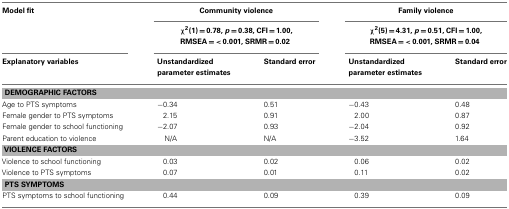
<table><thead><tr><td><b>Model fit</b></td><td colspan="2"><b>Community violence</b></td><td colspan="2"><b>Family violence</b></td></tr><tr><td></td><td colspan="2"><b>χ<sup>2</sup>(1) = 0.78, <i>p</i> = 0.38, CFI = 1.00, RMSEA = &lt; 0.001, SRMR = 0.02</b></td><td colspan="2"><b>χ<sup>2</sup>(5) = 4.31, <i>p</i> = 0.51, CFI = 1.00, RMSEA = &lt; 0.001, SRMR = 0.04</b></td></tr><tr><td><b>Explanatory variables</b></td><td><b>Unstandardized parameter estimates</b></td><td><b>Standard error</b></td><td><b>Unstandardized parameter estimates</b></td><td><b>Standard error</b></td></tr></thead><tbody><tr><td colspan="5"><b>DEMOGRAPHIC FACTORS</b></td></tr><tr><td>Age to PTS symptoms</td><td>−0.34</td><td>0.51</td><td>−0.43</td><td>0.48</td></tr><tr><td>Female gender to PTS symptoms</td><td>2.15</td><td>0.91</td><td>2.00</td><td>0.87</td></tr><tr><td>Female gender to school functioning</td><td>−2.07</td><td>0.93</td><td>−2.04</td><td>0.92</td></tr><tr><td>Parent education to violence</td><td> N/A</td><td>N/A</td><td>−3.52</td><td>1.64</td></tr><tr><td colspan="5"><b>VIOLENCE FACTORS</b></td></tr><tr><td>Violence to school functioning</td><td>0.03</td><td>0.02</td><td>0.06</td><td>0.02</td></tr><tr><td>Violence to PTS symptoms</td><td>0.07</td><td>0.01</td><td>0.11</td><td>0.02</td></tr><tr><td colspan="5"><b>PTS SYMPTOMS</b></td></tr><tr><td>PTS symptoms to school functioning</td><td>0.44</td><td>0.09</td><td>0.39</td><td>0.09</td></tr></tbody></table>